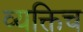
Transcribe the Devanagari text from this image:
व्यक्तिच